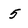
Character: 5